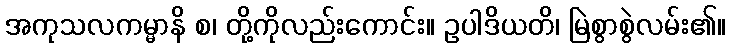
အကုသလကမ္မာနိ စ၊ တို့ကိုလည်းကောင်း။ ဥပါဒိယတိ၊ မြဲစွာစွဲလမ်း၏။